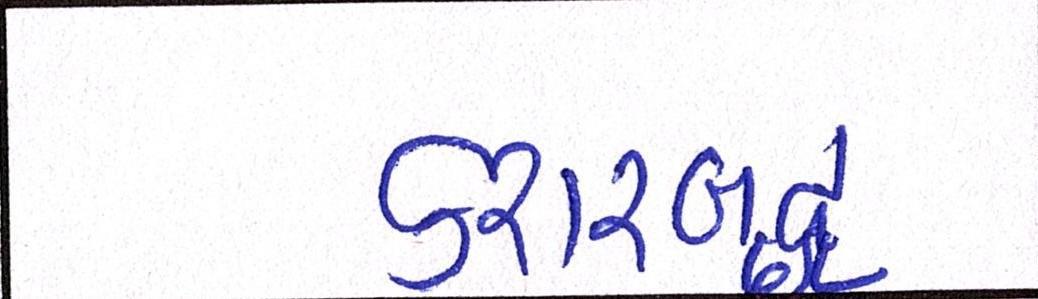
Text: કરારબદ્ધ